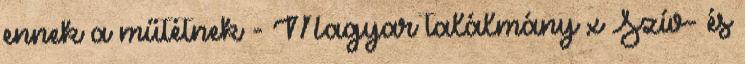
ennek a műtétnek - Magyar találmány x Szív- és